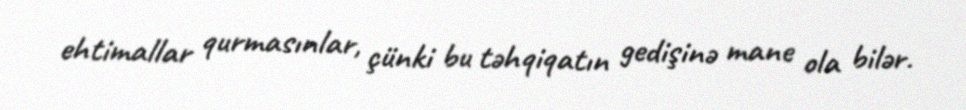
ehtimallar qurmasınlar, çünki bu təhqiqatın gedişinə mane ola bilər.